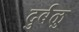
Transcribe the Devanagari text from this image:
दुर्बळु